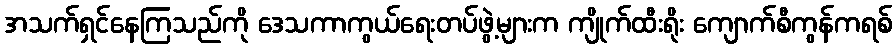
အသက်ရှင်နေကြသည်ကို ဒေသကာကွယ်ရေးတပ်ဖွဲ့များက ကျိုက်ထီးရိုး ကျောက်စီကွန်ကရစ်